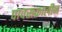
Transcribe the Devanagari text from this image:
पावसकालीन